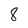
Character: 8